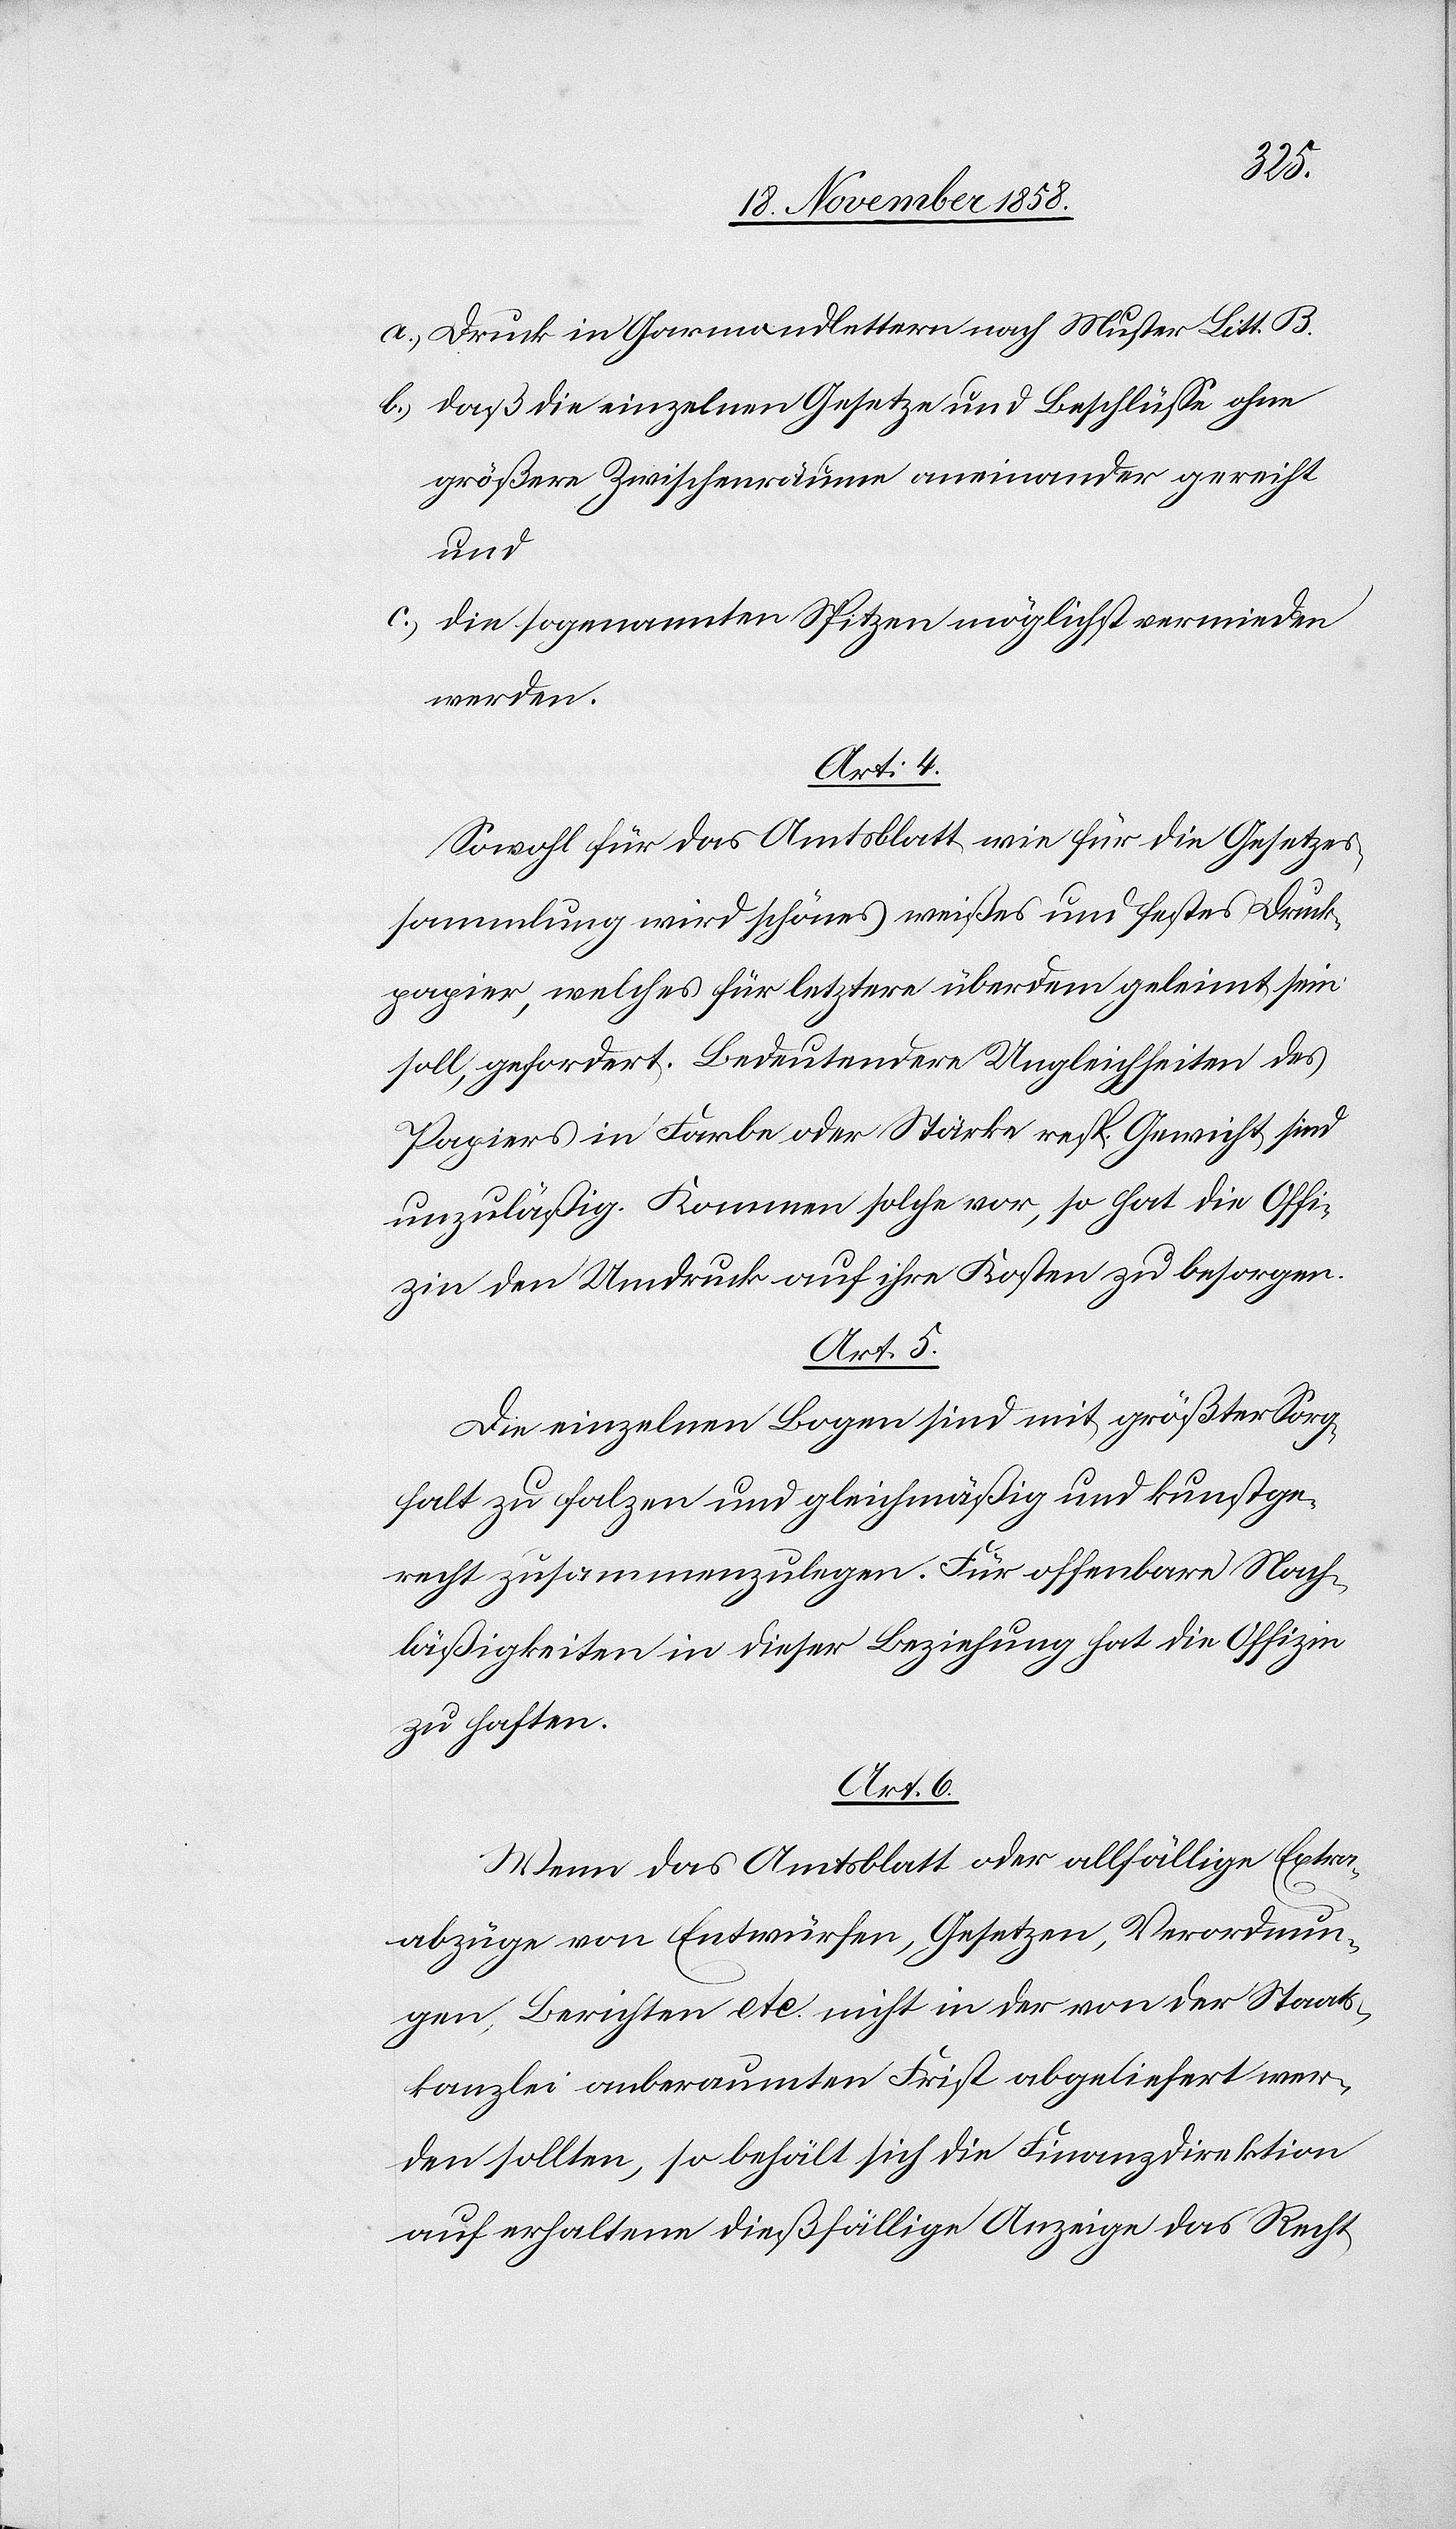
a.)
Druck in Garmondlettern nach Muster Litt. B.
daß die einzelnen Gesetze und Beschlüsse ohne
größere Zwischenräume aneinander gereiht
und
die sogenannten Spitzen möglichst vermieden
werden.
Art: 4.
Sowohl für das Amtsblatt wie für die Gesetzes¬
sammlung wird schönes weißes und festes Druck¬
papier, welches für letztere überdem geleimt sein
soll, gefordert. Bedeutendere Ungleichheiten des
Papiers in Farbe oder Stärke resp. Gewicht sind
unzuläßig. Kommen solche vor, so hat die Offi¬
zin den Umdruck auf ihre Kosten zu besorgen.
Art. 5.
Die einzelnen Bogen sind mit größter Sorg¬
falt zu falzen und gleichmäßig und kunstge¬
recht zusammenzulegen. Für offenbare Nach¬
läßigkeiten in dieser Beziehung hat die Offizin
zu haften.
Art. 6.
Wenn das Amtsblatt oder allfällige Extra¬
abzüge von Entwürfen, Gesetzen, Verordnun¬
gen, Berichten etc. nicht in der von der Staats¬
kanzlei anberaumten Frist abgeliefert wer¬
den sollten, so behält sich die Finanzdirektion
auf erhaltene dießfällige Anzeige das Recht